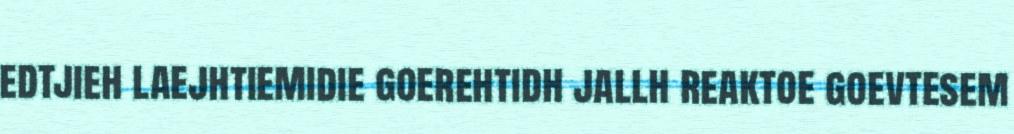
edtjieh laejhtiemidie goerehtidh jallh reaktoe goevtesem